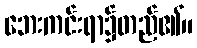
ဘေးကင်းရာ၌တည်၏။